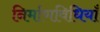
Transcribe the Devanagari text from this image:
निर्माणविधियाँ